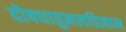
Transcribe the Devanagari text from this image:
दोषधातुमलविज्ञान